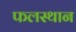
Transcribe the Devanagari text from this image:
फलस्थान